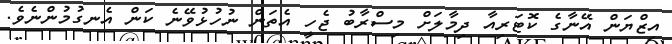
އިޒްޔަން އޭނާގެ ކޮޓަރިއާ ދިމާލަށް މިސްރާބު ޖެހީ އެތަން ނުހުޅުވޭނެ ކަން އެނގުމުންނެވެ.